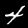
Digit: 4